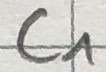
Text: C1